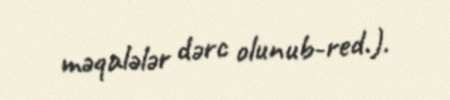
məqalələr dərc olunub-red.).